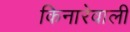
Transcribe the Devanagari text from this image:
किनारेवाली